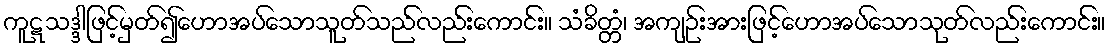
ကူဋသဒ္ဒါဖြင့်မှတ်၍ဟောအပ်သောသူတ်သည်လည်းကောင်း။ သံခိတ္တံ၊ အကျဉ်းအားဖြင့်ဟောအပ်သောသုတ်လည်းကောင်း။